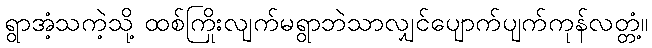
ရွာအံ့သကဲ့သို့ ထစ်ကြိုးလျက်မရွာဘဲသာလျှင်ပျောက်ပျက်ကုန်လတ္တံ့။